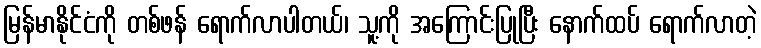
မြန်မာနိုင်ငံကို တစ်ဖန် ရောက်လာပါတယ်၊ သူ့ကို အကြောင်းပြုပြီး နောက်ထပ် ရောက်လာတဲ့